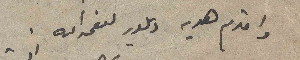
واقدم هديه ديلور لنعمه الله.